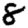
Digit: 8